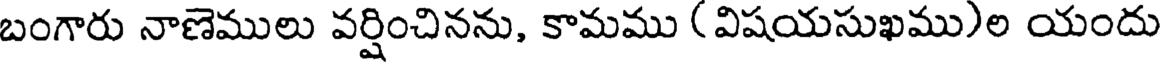
బంగారు నాణెములు వర్షించినను, కామము (విషయసుఖము)ల యందు